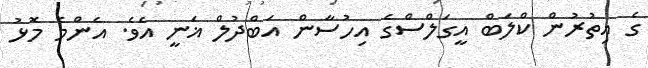
ގެ އިތުރުން ކްލަބް އީގަލްސްގެ އިހުސާން އަބްދުލް ޣަނީ އެވެ. އެންމެ މޮޅު